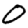
Digit: 0